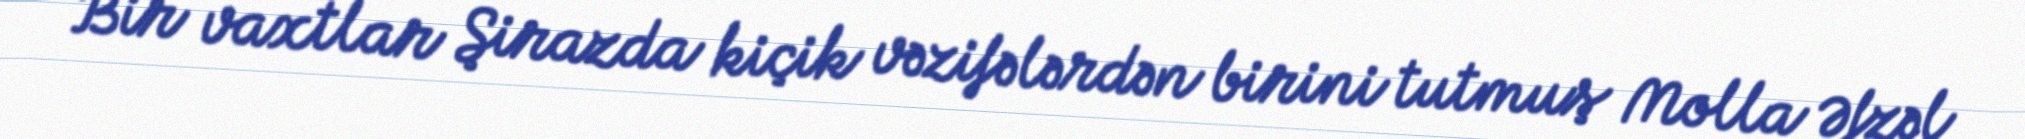
Bir vaxtlar Şirazda kiçik vəzifələrdən birini tutmuş Molla Əfzəl